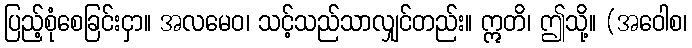
ပြည့်စုံစေခြင်းငှာ။ အလမေဝ၊ သင့်သည်သာလျှင်တည်း။ ဣတိ၊ ဤသို့။ (အဝေါစ၊